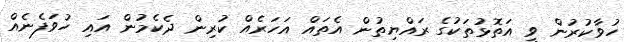
ހުވާކުރުން ވީ އަތޮޅުތަކުގެ ރައްޔިތުން އެތައް އަހަރެއް ކުރިން ދެކެމުން އައި ހުވަފެނެއް